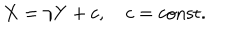
X = \gamma Y + c , \quad c = \mathrm { c o n s t } .